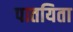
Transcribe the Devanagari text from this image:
पातयिता